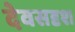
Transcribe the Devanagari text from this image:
देवसदृश